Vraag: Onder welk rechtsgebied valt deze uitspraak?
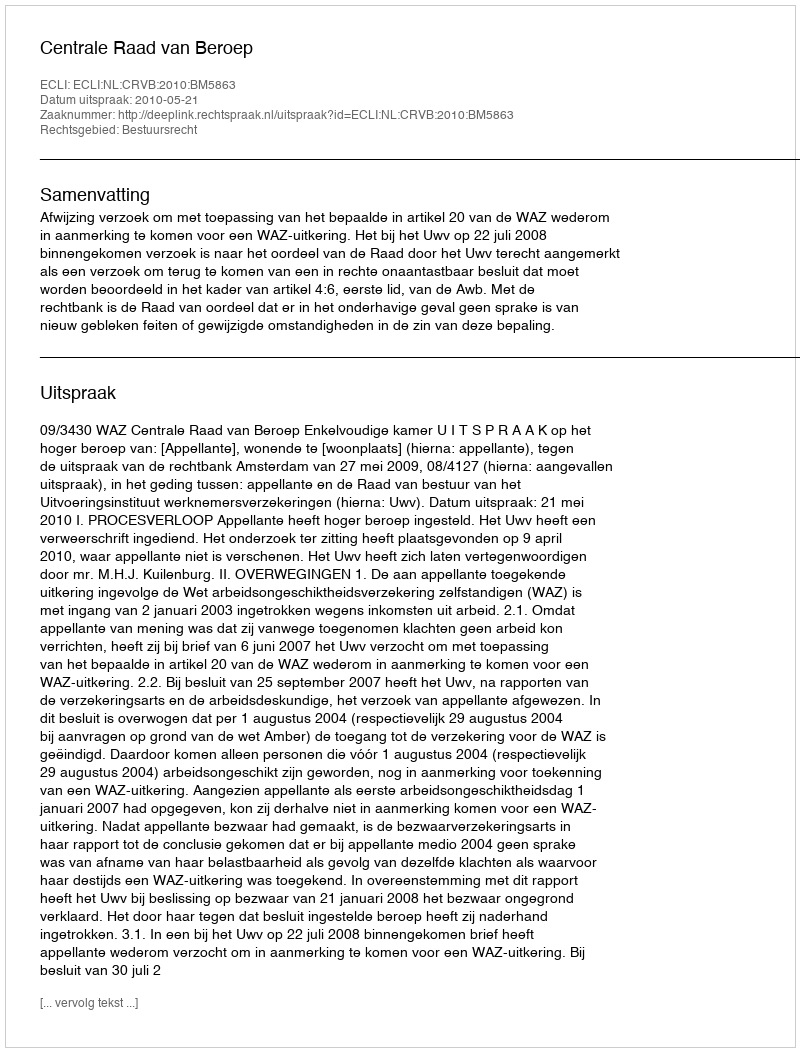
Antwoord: Bestuursrecht